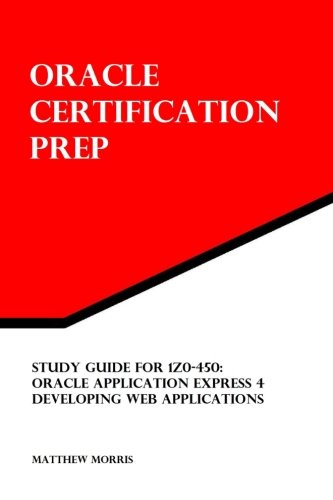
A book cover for Study Guide for 1Z0-450: Oracle Application Express 4: Developing Web Applications: Oracle Certification Prep; Matthew Morris; Computers & Technology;